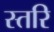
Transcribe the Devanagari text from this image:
स्तरि